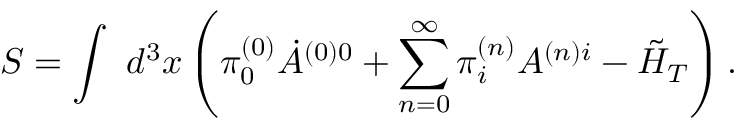
S = \int \ d ^ { 3 } x \left( \pi _ { 0 } ^ { ( 0 ) } \dot { A } ^ { ( 0 ) 0 } + \sum _ { n = 0 } ^ { \infty } \pi _ { i } ^ { ( n ) } A ^ { ( n ) i } - \tilde { \cal H } _ { T } \right) .